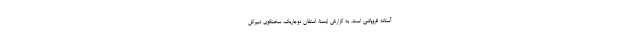
آستانه فروپاشی است. به گزارش ایسنا، استفان دوجاریک، سخنگوی دبیرکل